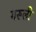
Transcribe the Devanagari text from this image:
गरूली